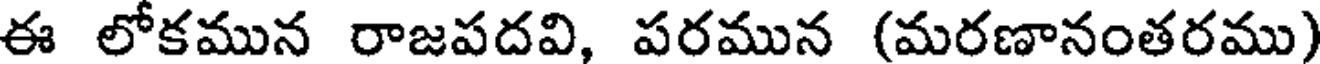
ఈ లోకమున రాజపదవి, పరమున (మరణానంతరము)